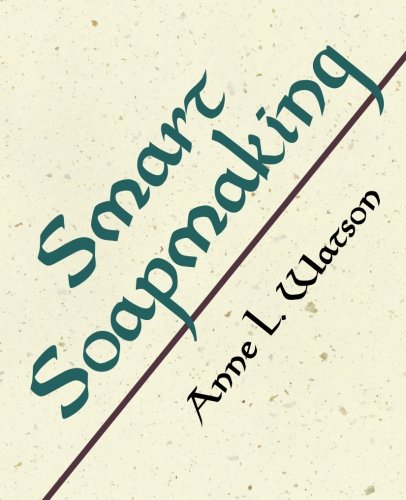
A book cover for Smart Soapmaking: The Simple Guide to Making Traditional Handmade Soap Quickly, Safely, and Reliably, or How to Make Luxurious Handcrafted Soaps from Scratch for Family, Friends, and Yourself; Anne L. Watson; Crafts, Hobbies & Home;